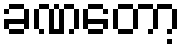
ခဏတော့